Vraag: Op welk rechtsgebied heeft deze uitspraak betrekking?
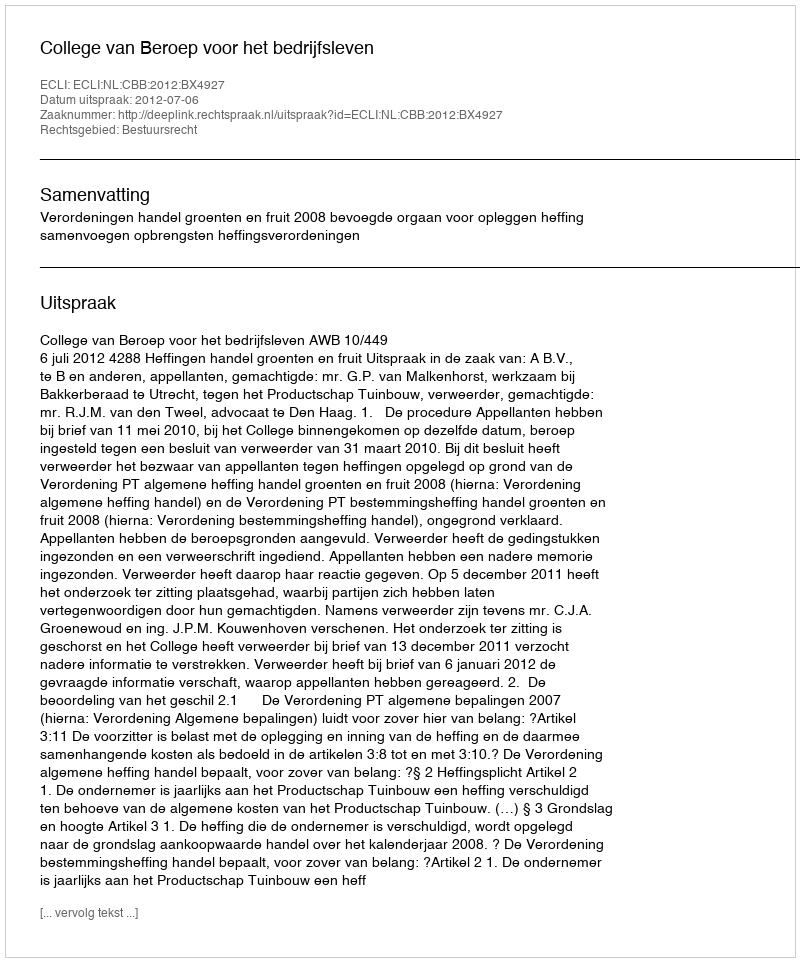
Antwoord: Bestuursrecht